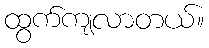
ထွက်ကျလာတယ်။